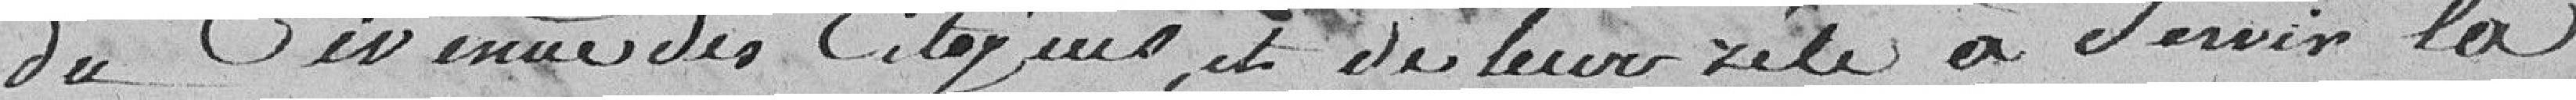
du civisme des citoyens, et de leur zèle à servir la